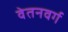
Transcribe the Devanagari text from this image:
वेतनवर्ग